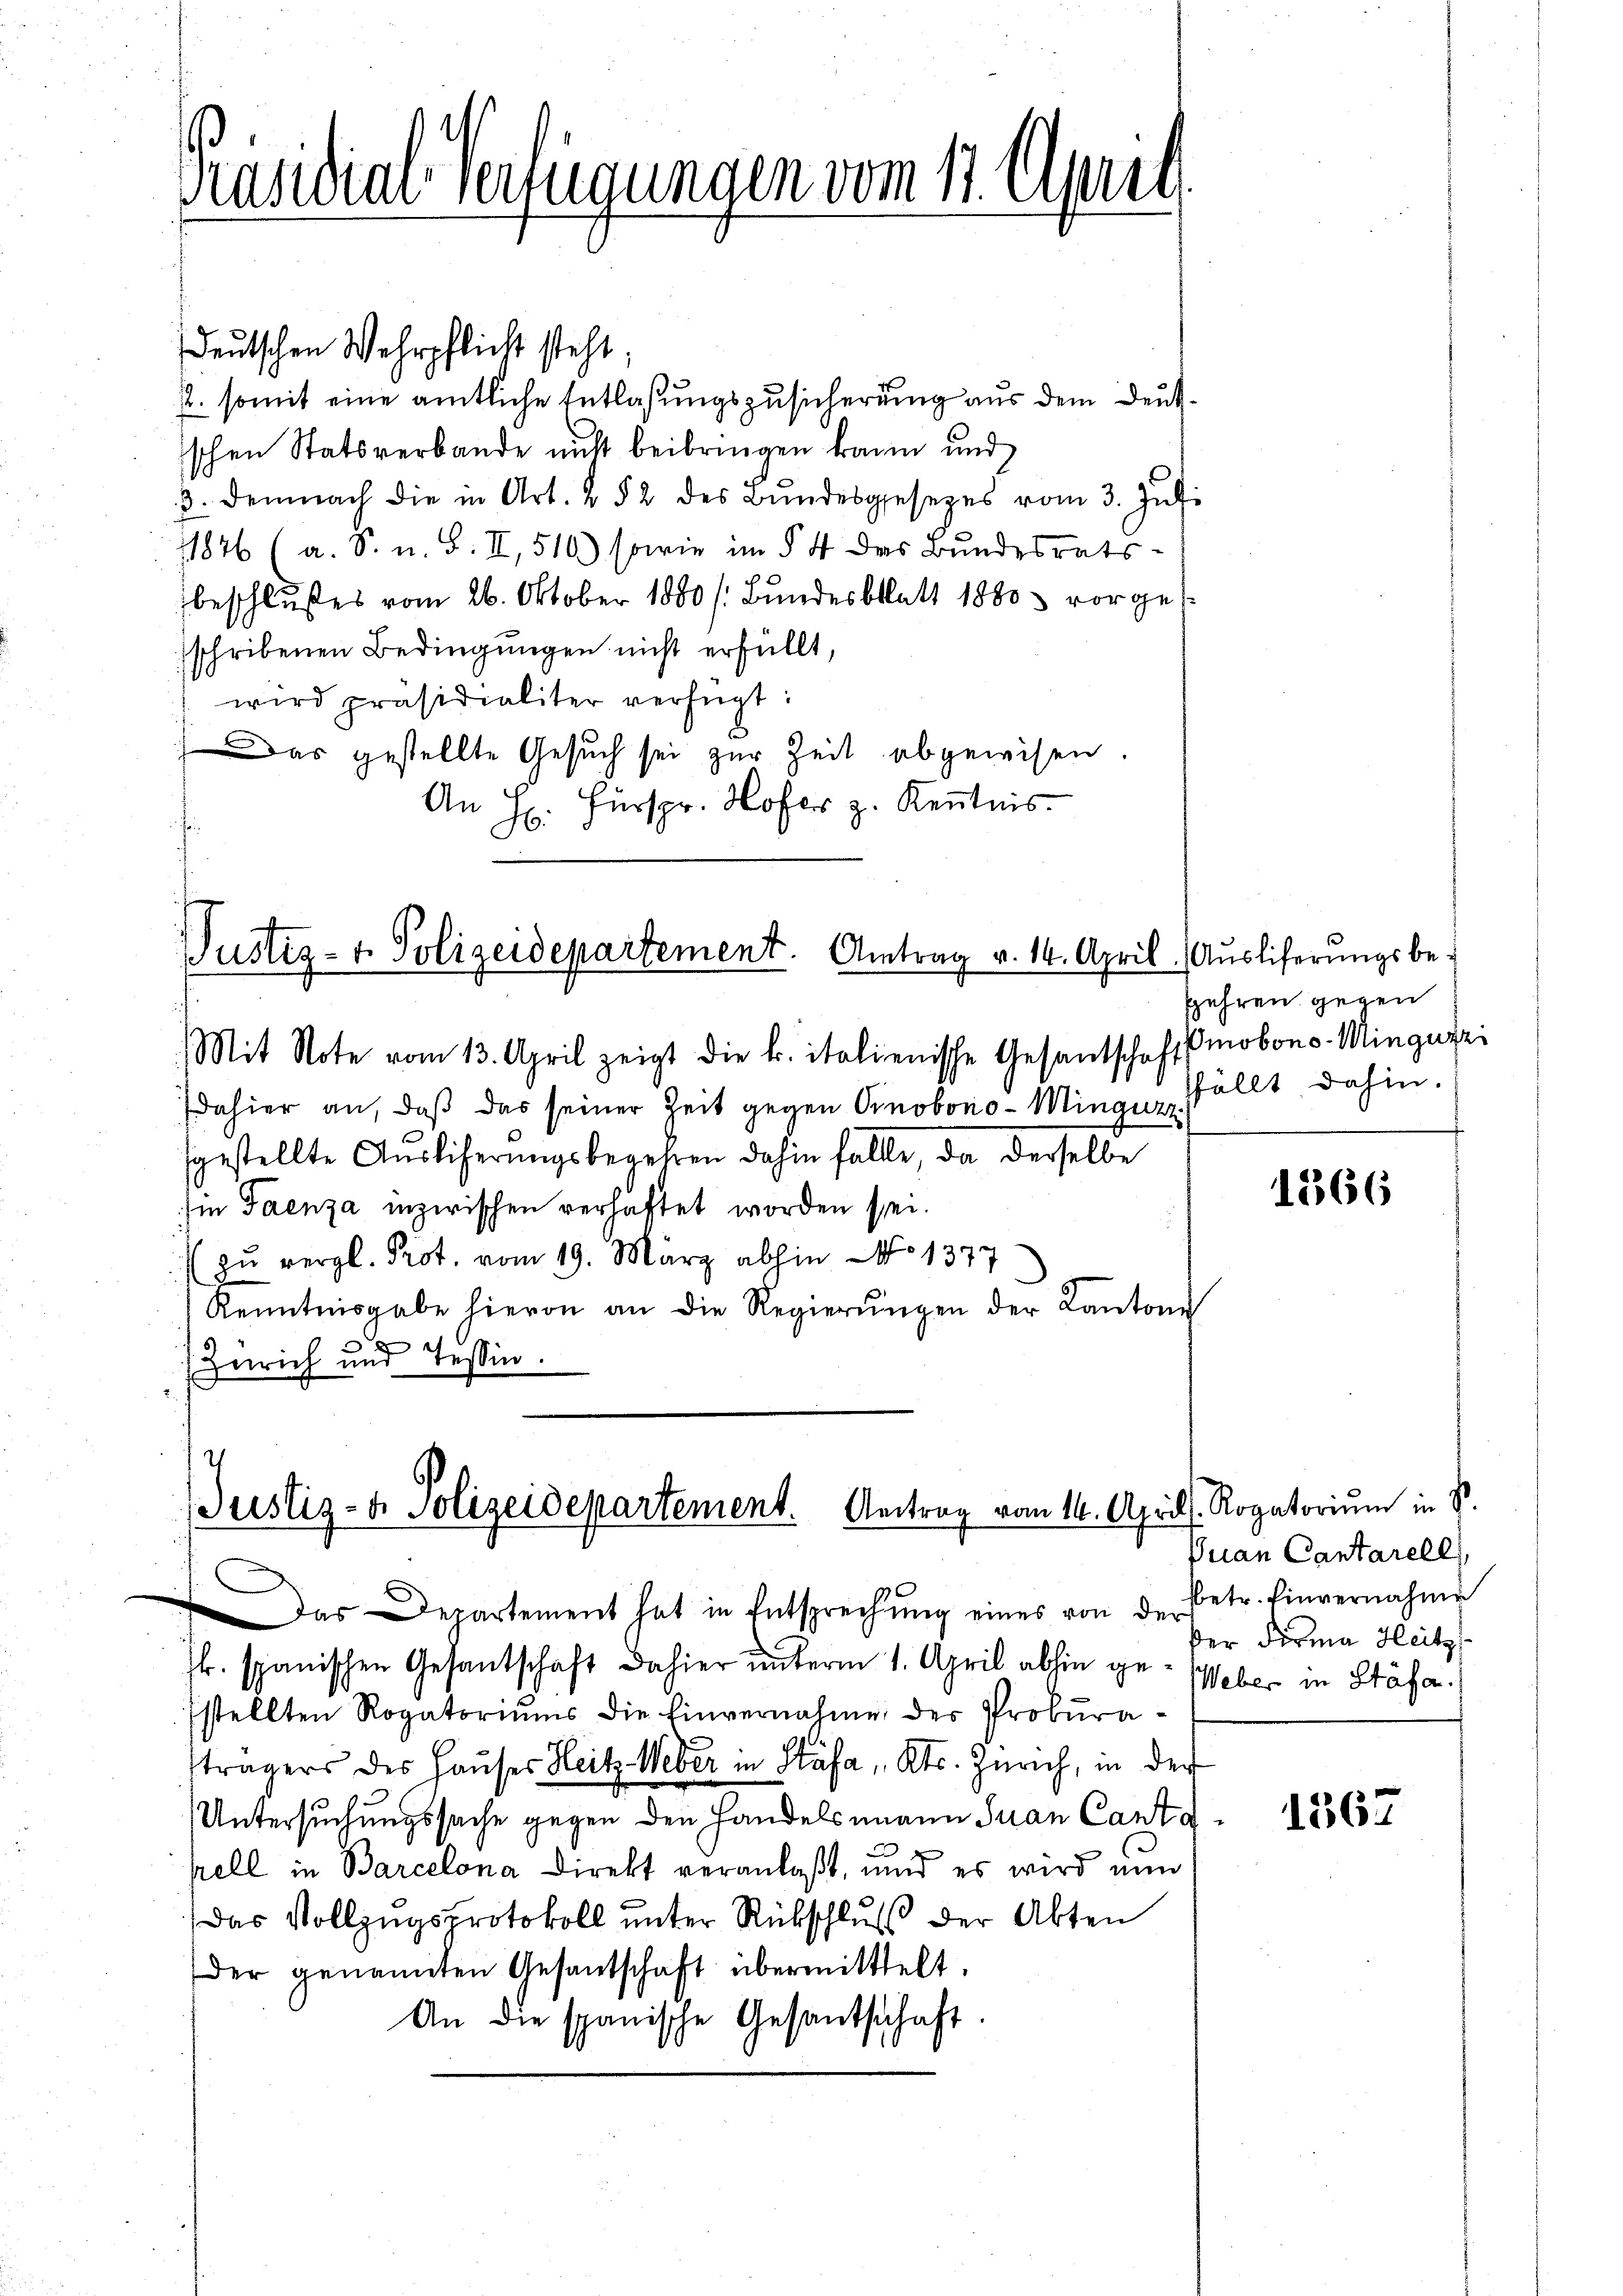
2. somit eine amtliche Entlaßungszusicherung aus dem Deutschen Statsverbande nicht beibringen kann und
3. Demnach die in Art. 2 § 2 des Bŭndesgesezes vom 3. Jŭli
11876 (a. S. n. F. II, 510) sowie im § 4 des Bundesrats-
beschlußes vom 26. Oktober 1880 /: Bundesblatt 1880 vorges
schribenen Bedingungen nicht erfüllt,
wird präsidialiter verfügt:
Das gestellte Gesuch sei zur Zeit abgewisen.
An H. Fürspr. Hofer z. Kenntnis.

Präsidial-Verfügungen vom 11. April

deutschen Wehrpflicht steht;

Justiz- u. Polizeidepartement. Antrag v. 14. April ( Aŭsliferŭngsbe-
Mit Note vom 13. April zeigt die k. italienische Gesantschaftsmobons-Mingerei

dahier an, daß das seiner Zeit gegen Cinobono-Mingurz
sgestellte Auslicherungsbegehren dahin falle, da derselbe
Im Faenza inzwischen verhaftet worden sei.
zu vergl. Prot. vom 19. März abhin No 1377
Kenntnisgabe hievon an die Regierŭngen der Kantone
(Zürich und Tessin.

Justiz- & Polizeidepartement. Antrag vom 14. April l. Rogatorium in S.

Das Departement hat in Entsprechŭng eines von der
Jk. spanischen Gesantschaft dahier unterm 1. April abhin ge- Weber in Stäfa
fstellten Rogatoriums die Einvernahme der Prokuraträgers des Hauses Heitz Weber in Stäfa, Kts. Zürich, in der
Untersuchungssache gegen den Handelsmann Juan Cantapell in Barcelona Direkt veranlaßt, und es wird nun
Das Vollzugsprotokoll unter Rückschluß der Akten
der genannten Gesantschaft übermittelt.
An die spanische Gesantschaft

fahren gegen
fällt dahin.

1566

Juan Cantarell,
betr. Einvernahme
ker Firma Heitz

1567